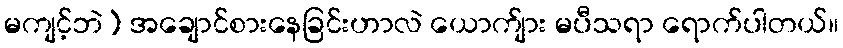
မကျင့်ဘဲ) အချောင်စားနေခြင်းဟာလဲ ယောက်ျား မပီသရာ ရောက်ပါတယ်။